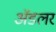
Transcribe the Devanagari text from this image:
अॅडलर